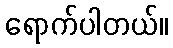
ရောက်ပါတယ်။